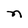
Character: n